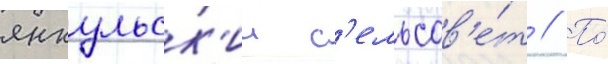
янкульск'ии с'ельсов'е́т // По́